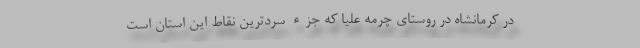
در کرمانشاه در روستای چرمه علیا که جزء سردترین نقاط این استان است